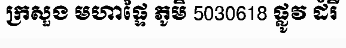
ក្រសួង មហាផ្ទៃ ភូមិ 5030618 ផ្លូវ ដំរី